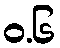
ဝ.၆